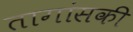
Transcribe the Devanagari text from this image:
तागांसकी